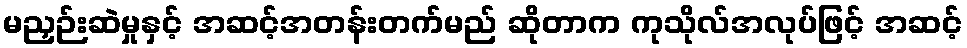
မညှဉ်းဆဲမှုနှင့် အဆင့်အတန်းတက်မည် ဆိုတာက ကုသိုလ်အလုပ်ဖြင့် အဆင့်